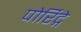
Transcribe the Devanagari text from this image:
पोर्रिद्गे